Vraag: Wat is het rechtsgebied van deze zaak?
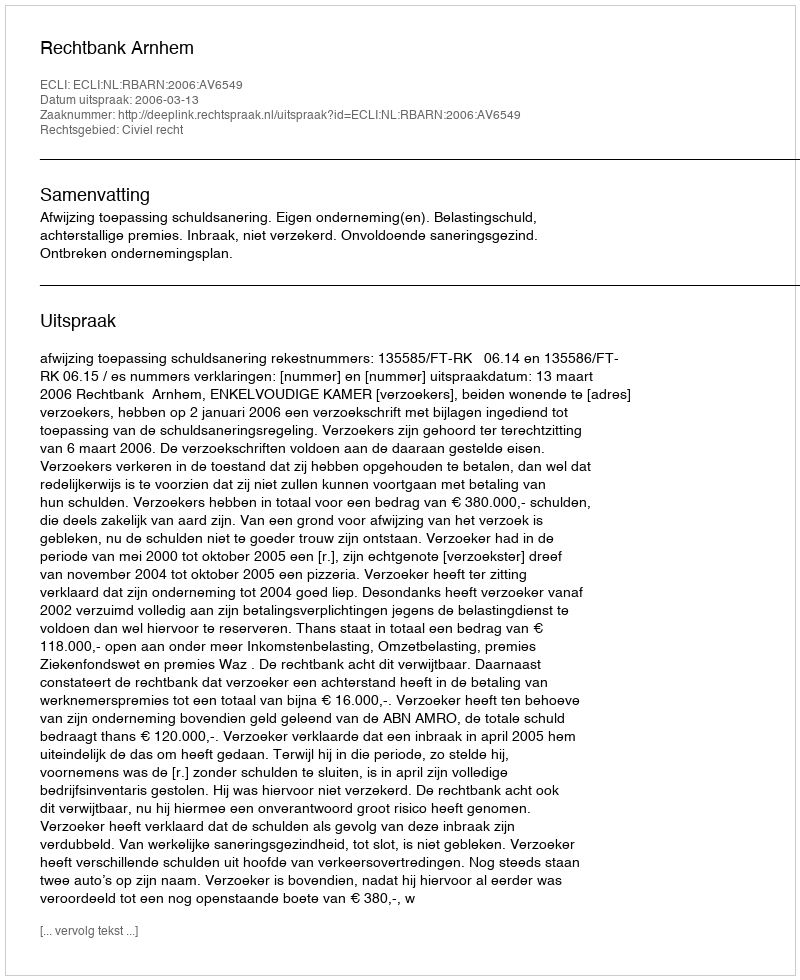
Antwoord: Civiel recht